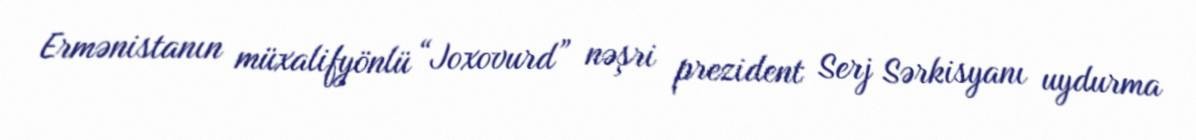
Ermənistanın müxalifyönlü “Joxovurd” nəşri prezident Serj Sərkisyanı uydurma